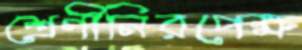
শ্রেণীনিরপেক্ষ